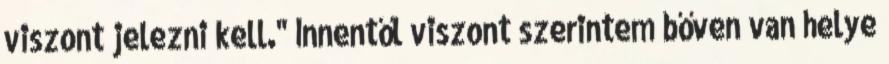
viszont jelezni kell." Innentől viszont szerintem bőven van helye